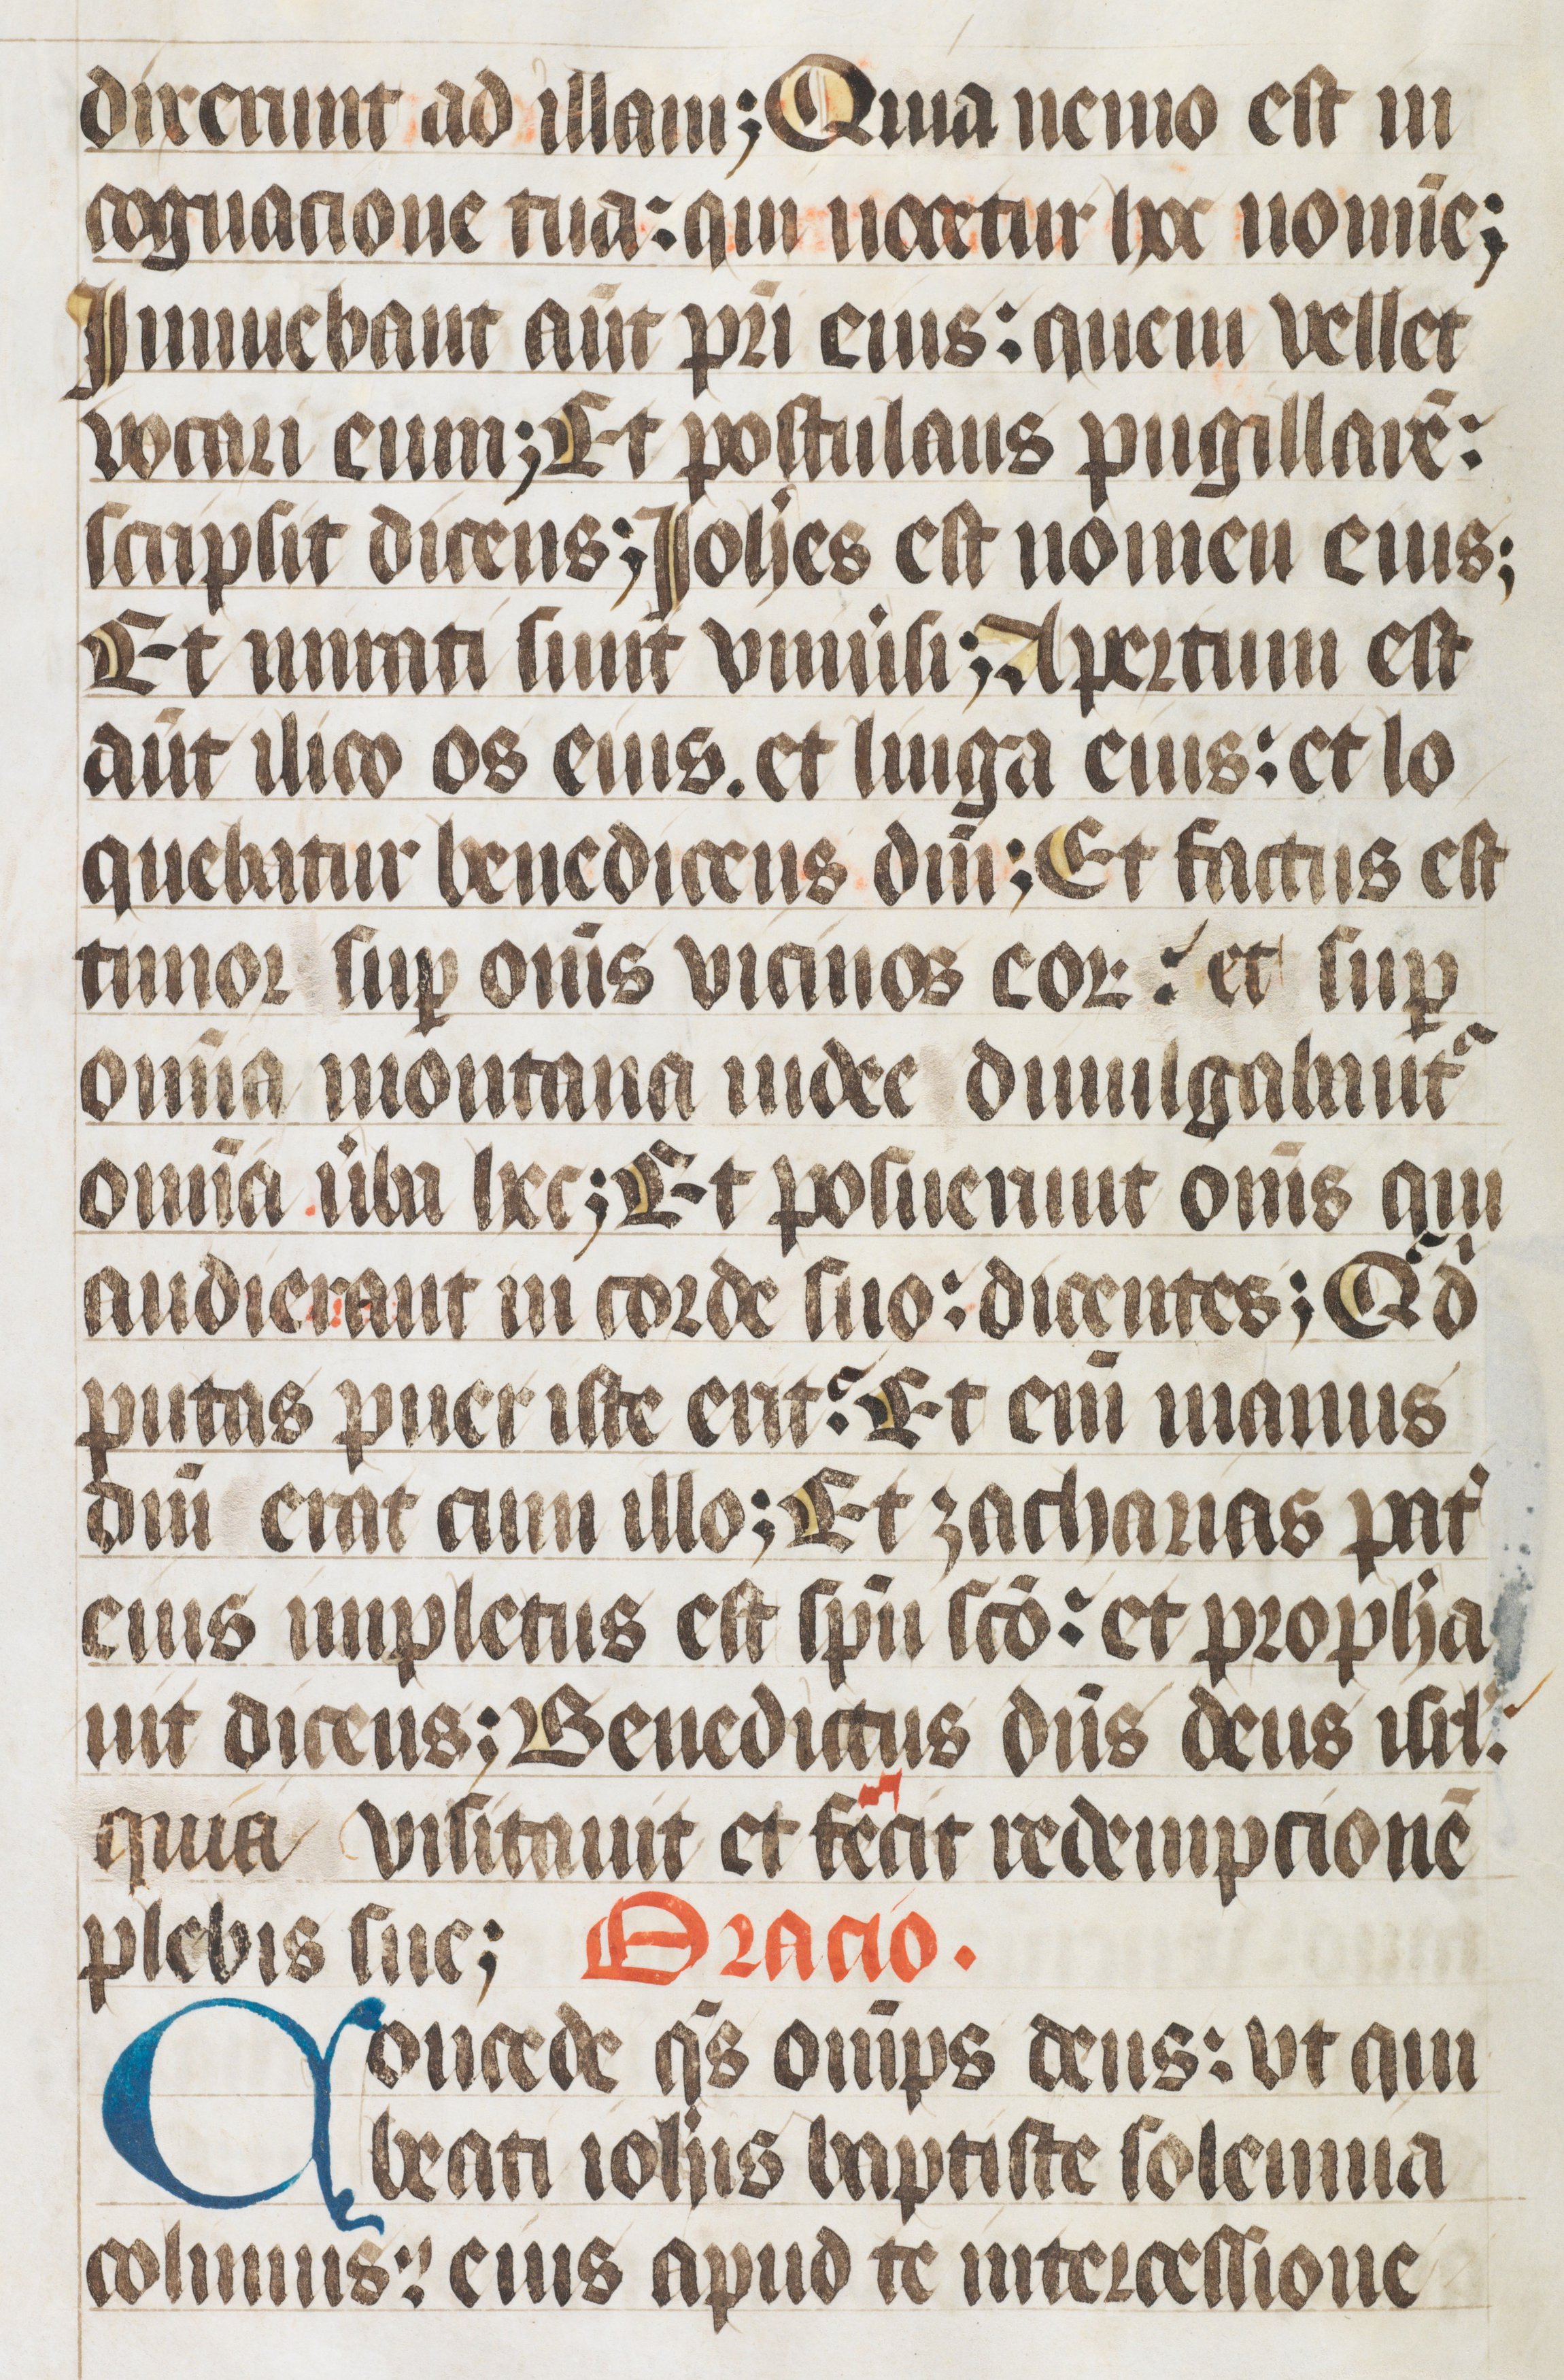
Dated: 1400–1499